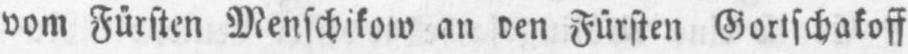
vom Fürsten Menschikow an den Fürsten Gortschakoff